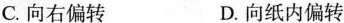
C.向右偏转 D.向纸内偏转